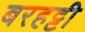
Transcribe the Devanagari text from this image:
बरहट्टी